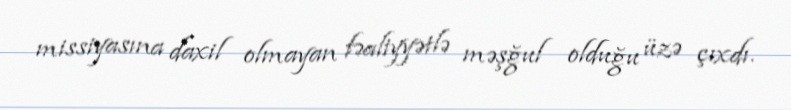
missiyasına daxil olmayan fəaliyyətlə məşğul olduğu üzə çıxdı.